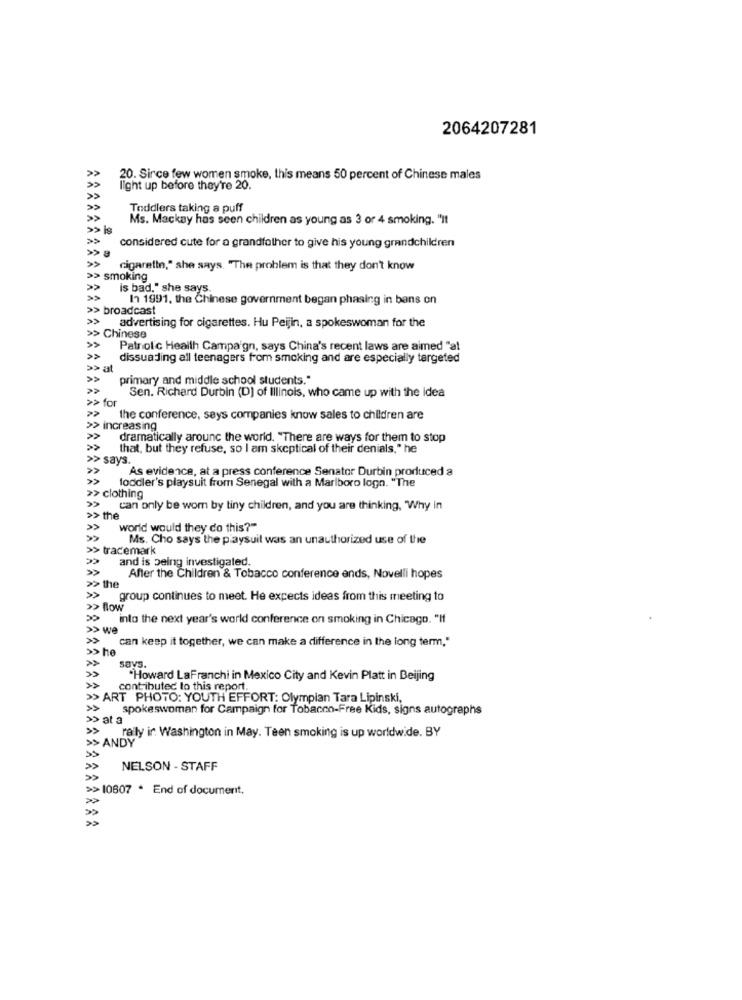
2064207281
20. Sirce few women smoke, this means 50 percent of Chinese males
light up before they're 20.
Toddlers taking a puff
Ms. Mackay has seen children as young as 3 or 4 smoking. "It
considered cute for a grandfather to give his young grandchildren
cigarette," she says. "The problem is that they don't know
> smoking
is bad." she says.
In 1991, the Chinese government began phasing in bans on
broadcast
advertising for cigarettes. Hu Peijin, a spokeswoman for the
> Chinese
Patrofc Health Campaign, says China's recent laws are aimed "al
dissuading all teenagers from smoking and are especially targeted
>> at
primary and middle school students."
Sen. Richard Durbin (D) of Illinois, who came up with the idea
> for
the conference, says companies know sales to children are
> increasing
dramatically around the world. "There are ways for them to stop
that, but they refuse, so I am skeptical of their denials," he
says.
As evidence, at a press conference Senator Durbin produced a
toddler's playsuit from Senegal with a Marlboro logn. "The
> clothing
can only be worn by tiny children, and you are thinking, Why in
> the
world would they do this?"
Ms. Cho says the playsuit was an unauthorized use of the
> tracemark
and is being investigated.
After the Children & Tobacco conference ends, Novelli hopes
> the
group continues to meet. He expects ideas from this meeting to
> Blow
into the next year's world conference on smoking in Chicago. "If
> we
can keep it together, we can make a difference in the long term,"
is he
savs.
"Howard LaFranchi in Mexico City and Kevin Platt in Beijing
contributed to this report.
>> ART PHOTO: YOUTH EFFORT: Olympian Tara Lipinski,
spokeswoman for Campaign for Tobacco-Free Kids, signs autographs
>> at a
raily in Washington in May. Teen smoking is up worldwide. BY
> ANDY
NELSON - STAFF
>>10607 * End of document.